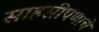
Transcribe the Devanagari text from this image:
साहसीपणाचे